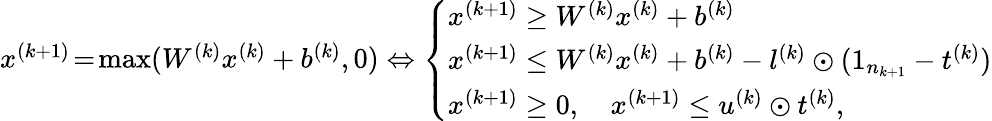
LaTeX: \begin{array}{r}{x^{(k+1)}\! =\! \operatorname*{max}(W^{(k)}x^{(k)}+b^{(k)},0)\Leftrightarrow\left\{ \begin{array}{ll}{x^{(k+1)}\geq W^{(k)}x^{(k)}+b^{(k)}}\\ {x^{(k+1)}\leq W^{(k)}x^{(k)}+b^{(k)}-l^{(k)}\odot(\mathrm{1}_{n_{k+1}}-t^{(k)})}\\ {x^{(k+1)}\geq 0,\quad x^{(k+1)}\leq u^{(k)}\odot t^{(k)},}\end{array}\right.}\end{array}